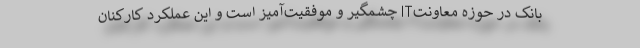
بانک در حوزه معاونتIT چشمگیر و موفقیت‌آمیز است و این عملکرد کارکنان